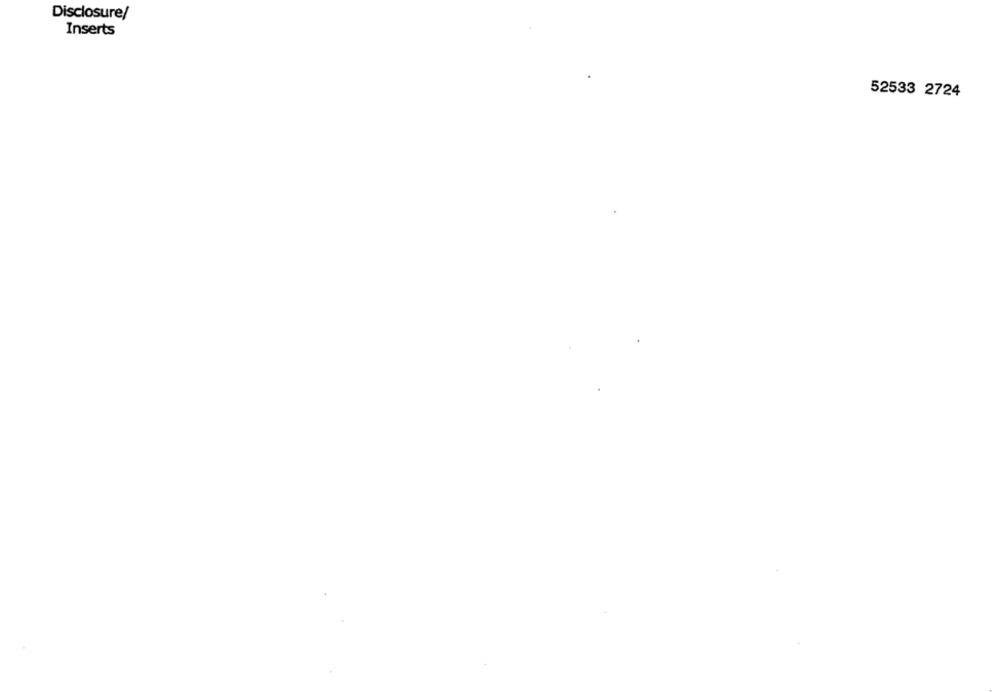
Disclosure/
Inserts
52533 2724